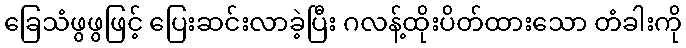
ခြေသံဖွဖွဖြင့် ပြေးဆင်းလာခဲ့ပြီး ဂလန့်ထိုးပိတ်ထားသော တံခါးကို